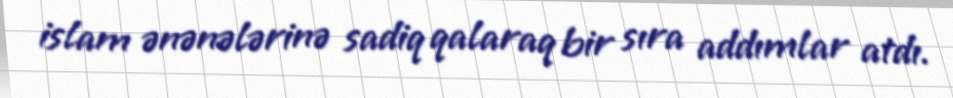
islam ənənələrinə sadiq qalaraq bir sıra addımlar atdı.